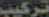
تركيب